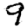
Digit: 9